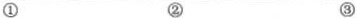
① ② ③